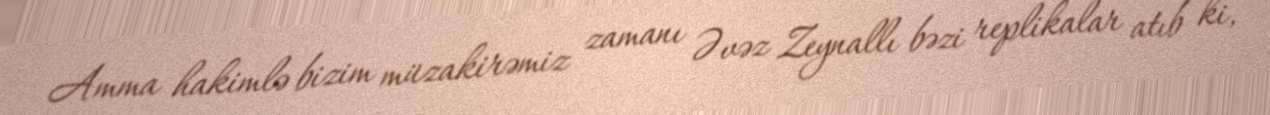
Amma hakimlə bizim müzakirəmiz zamanı Əvəz Zeynallı bəzi replikalar atıb ki,